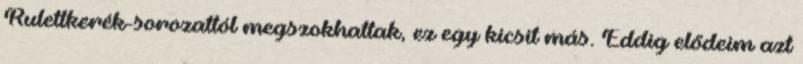
Rulettkerék-sorozattól megszokhattak, ez egy kicsit más. Eddig elődeim azt